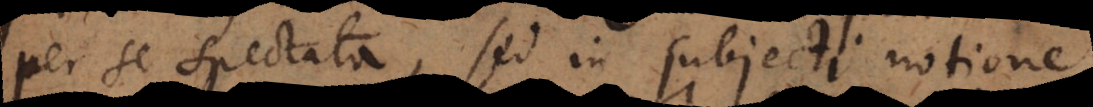
per se spectata, sed in subjecti notione